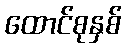
ထောင်စုနှစ်